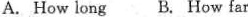
A. How long B. How far